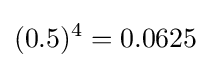
(0.5)^{4}=0.0625